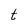
Character: t